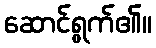
ဆောင်ရွက်၏။